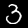
Digit: 3